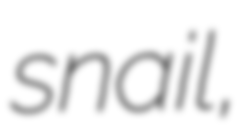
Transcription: snail,